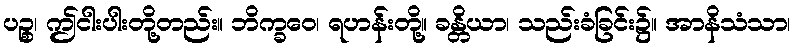
ပဉ္စ၊ ဤငါးပါးတို့တည်း။ ဘိက္ခဝေ၊ ရဟန်းတို့။ ခန္တိယာ၊ သည်းခံခြင်း၌။ အာနိသံသာ၊